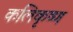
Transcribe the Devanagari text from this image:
कलिकृष्ण